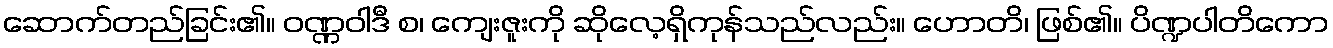
ဆောက်တည်ခြင်း၏။ ဝဏ္ဏဝါဒီ စ၊ ကျေးဇူးကို ဆိုလေ့ရှိကုန်သည်လည်း။ ဟောတိ၊ ဖြစ်၏။ ပိဏ္ဍပါတိကော